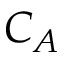
C _ { A }